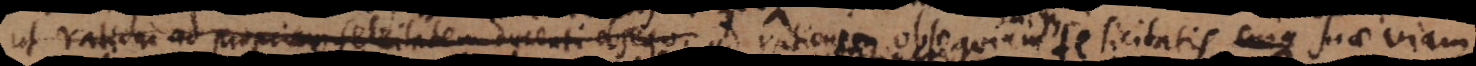
ut rationi ad propriam felicitatem ducenti obsequ ad rationem felicitatis suae viam